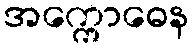
အက္ကောဓေန